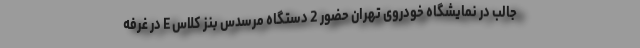
جالب در نمایشگاه خودروی تهران حضور 2 دستگاه مرسدس بنز کلاس E در غرفه